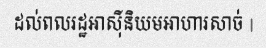
ដល់ពលរដ្ឋអាស៊ីនិយមអាហារសាច់ |